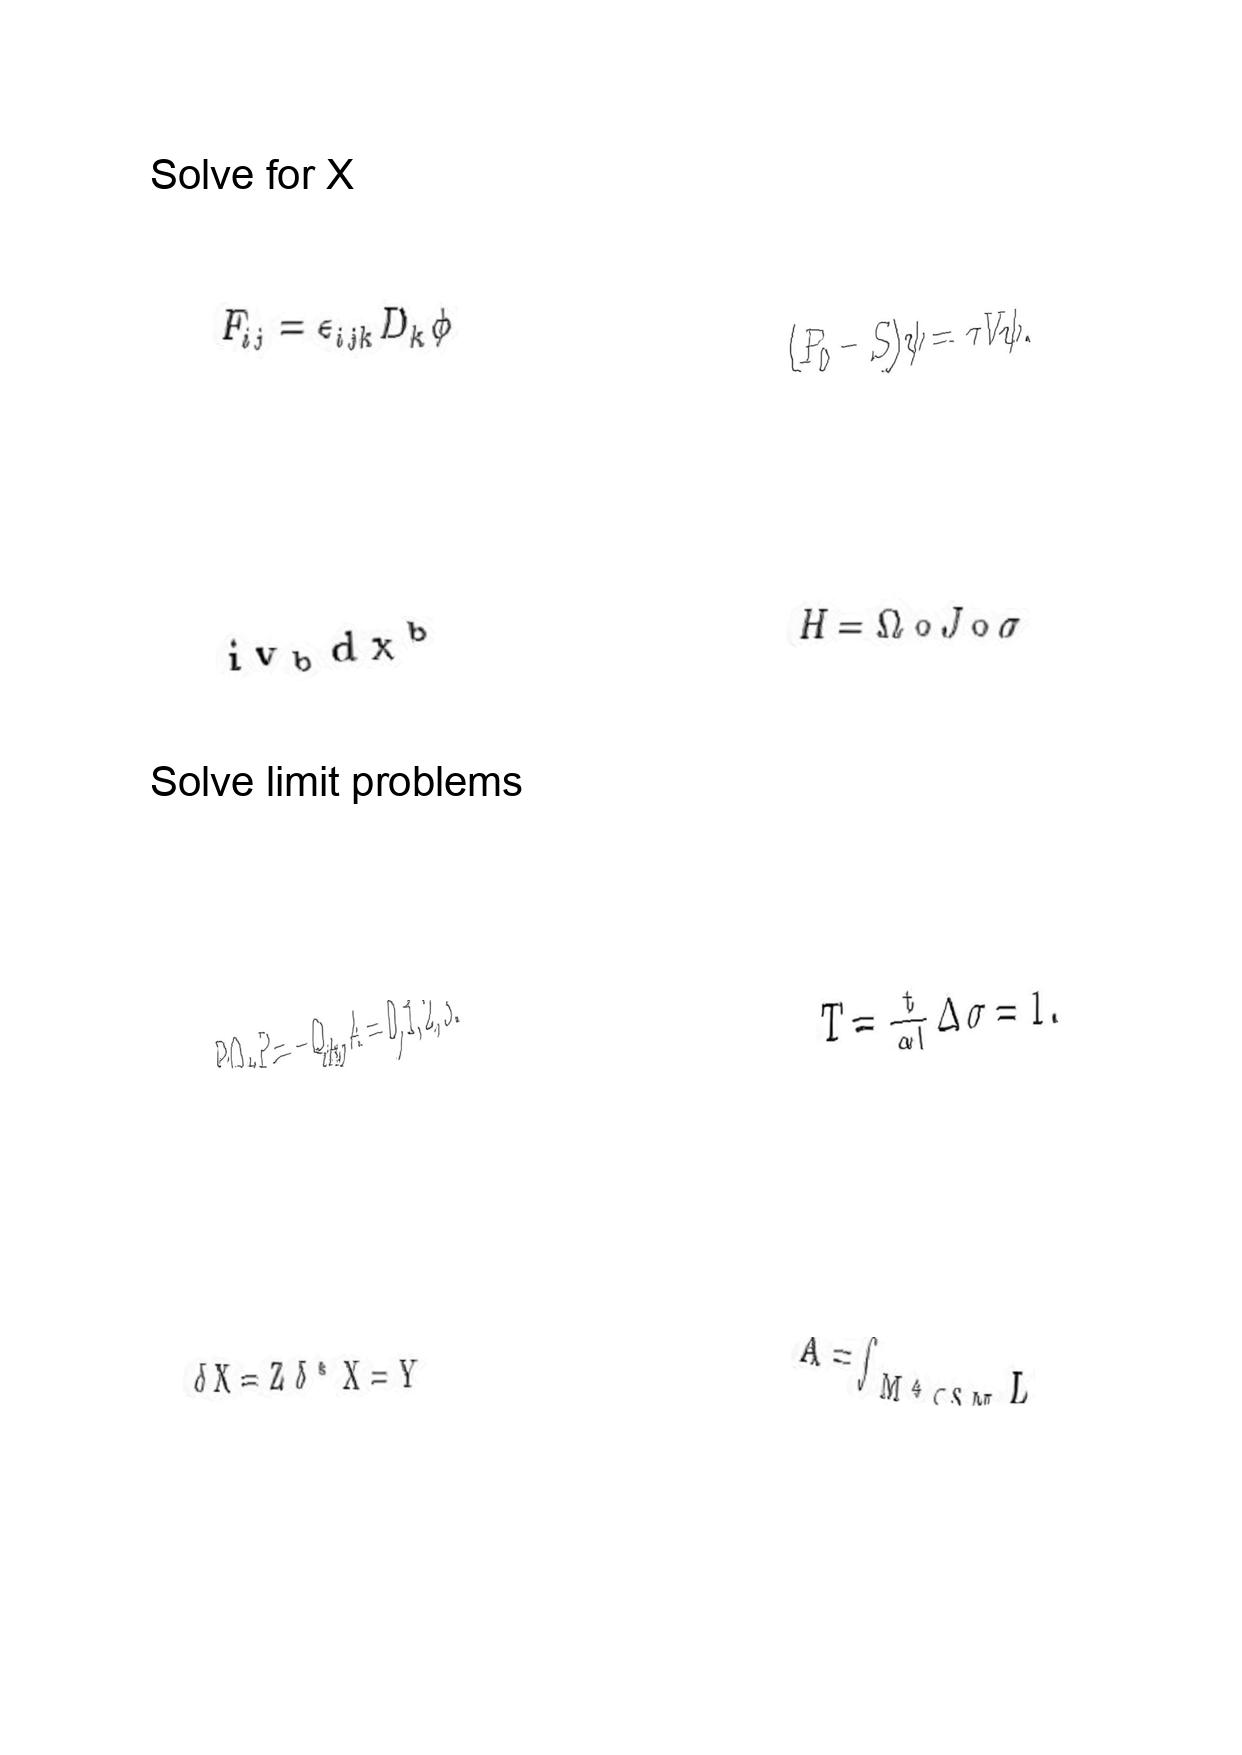
LaTeX transcription:
F _ { i j } = \epsilon _ { i j k } D _ { k } \phi
i v _ { b } d x ^ { b }
P Q _ { A } P = - Q _ { A } , A = 0 , 1 , 2 , 3 .
\delta X = Z \delta ^ { \ast } X = Y
\lparen P _ { 0 } - S \rparen \psi = \tau V \psi .
H = \Omega \circ J \circ \sigma
T = \frac { t } { \alpha l } \Delta \sigma = 1 .
A = \int _ { M ^ { 4 } \subset S M } L